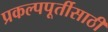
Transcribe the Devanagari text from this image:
प्रकल्पपूर्तीसाठी